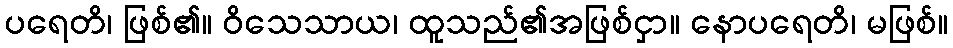
ပရေတိ၊ ဖြစ်၏။ ဝိသေသာယ၊ ထူသည်၏အဖြစ်ငှာ။ နောပရေတိ၊ မဖြစ်။